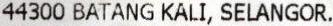
44300 BATANG KALI, SELANGOR.